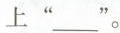
上”___”。